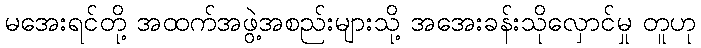
မအေးရင်တို့ အထက်အဖွဲ့အစည်းများသို့ အအေးခန်းသိုလှောင်မှု တူဟု